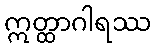
ဣတ္ထာဂါရဿ